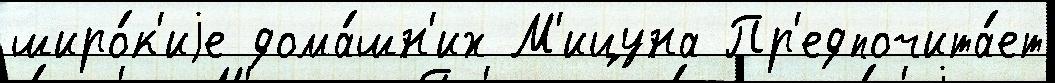
широ́к'иjе дома́шн'их М'ицуна Пр'едпочита́ет